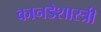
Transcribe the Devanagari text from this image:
कानडेशास्त्री